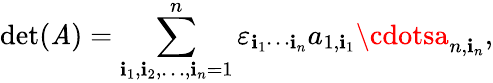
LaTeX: \operatorname*{det}(\mathit{A})=\sum_{\mathbf{i}_{1},\mathbf{i}_{2},\ldots,\mathbf{i}_{n}=1}^{n}\varepsilon_{\mathbf{i}_{1}\cdots\mathbf{i}_{n}}a_{1,\mathbf{i}_{1}}\cdotsa_{n,\mathbf{i}_{n}},